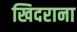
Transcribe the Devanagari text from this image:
खिदराना